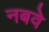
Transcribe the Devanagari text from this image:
नबवे